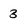
Character: 3